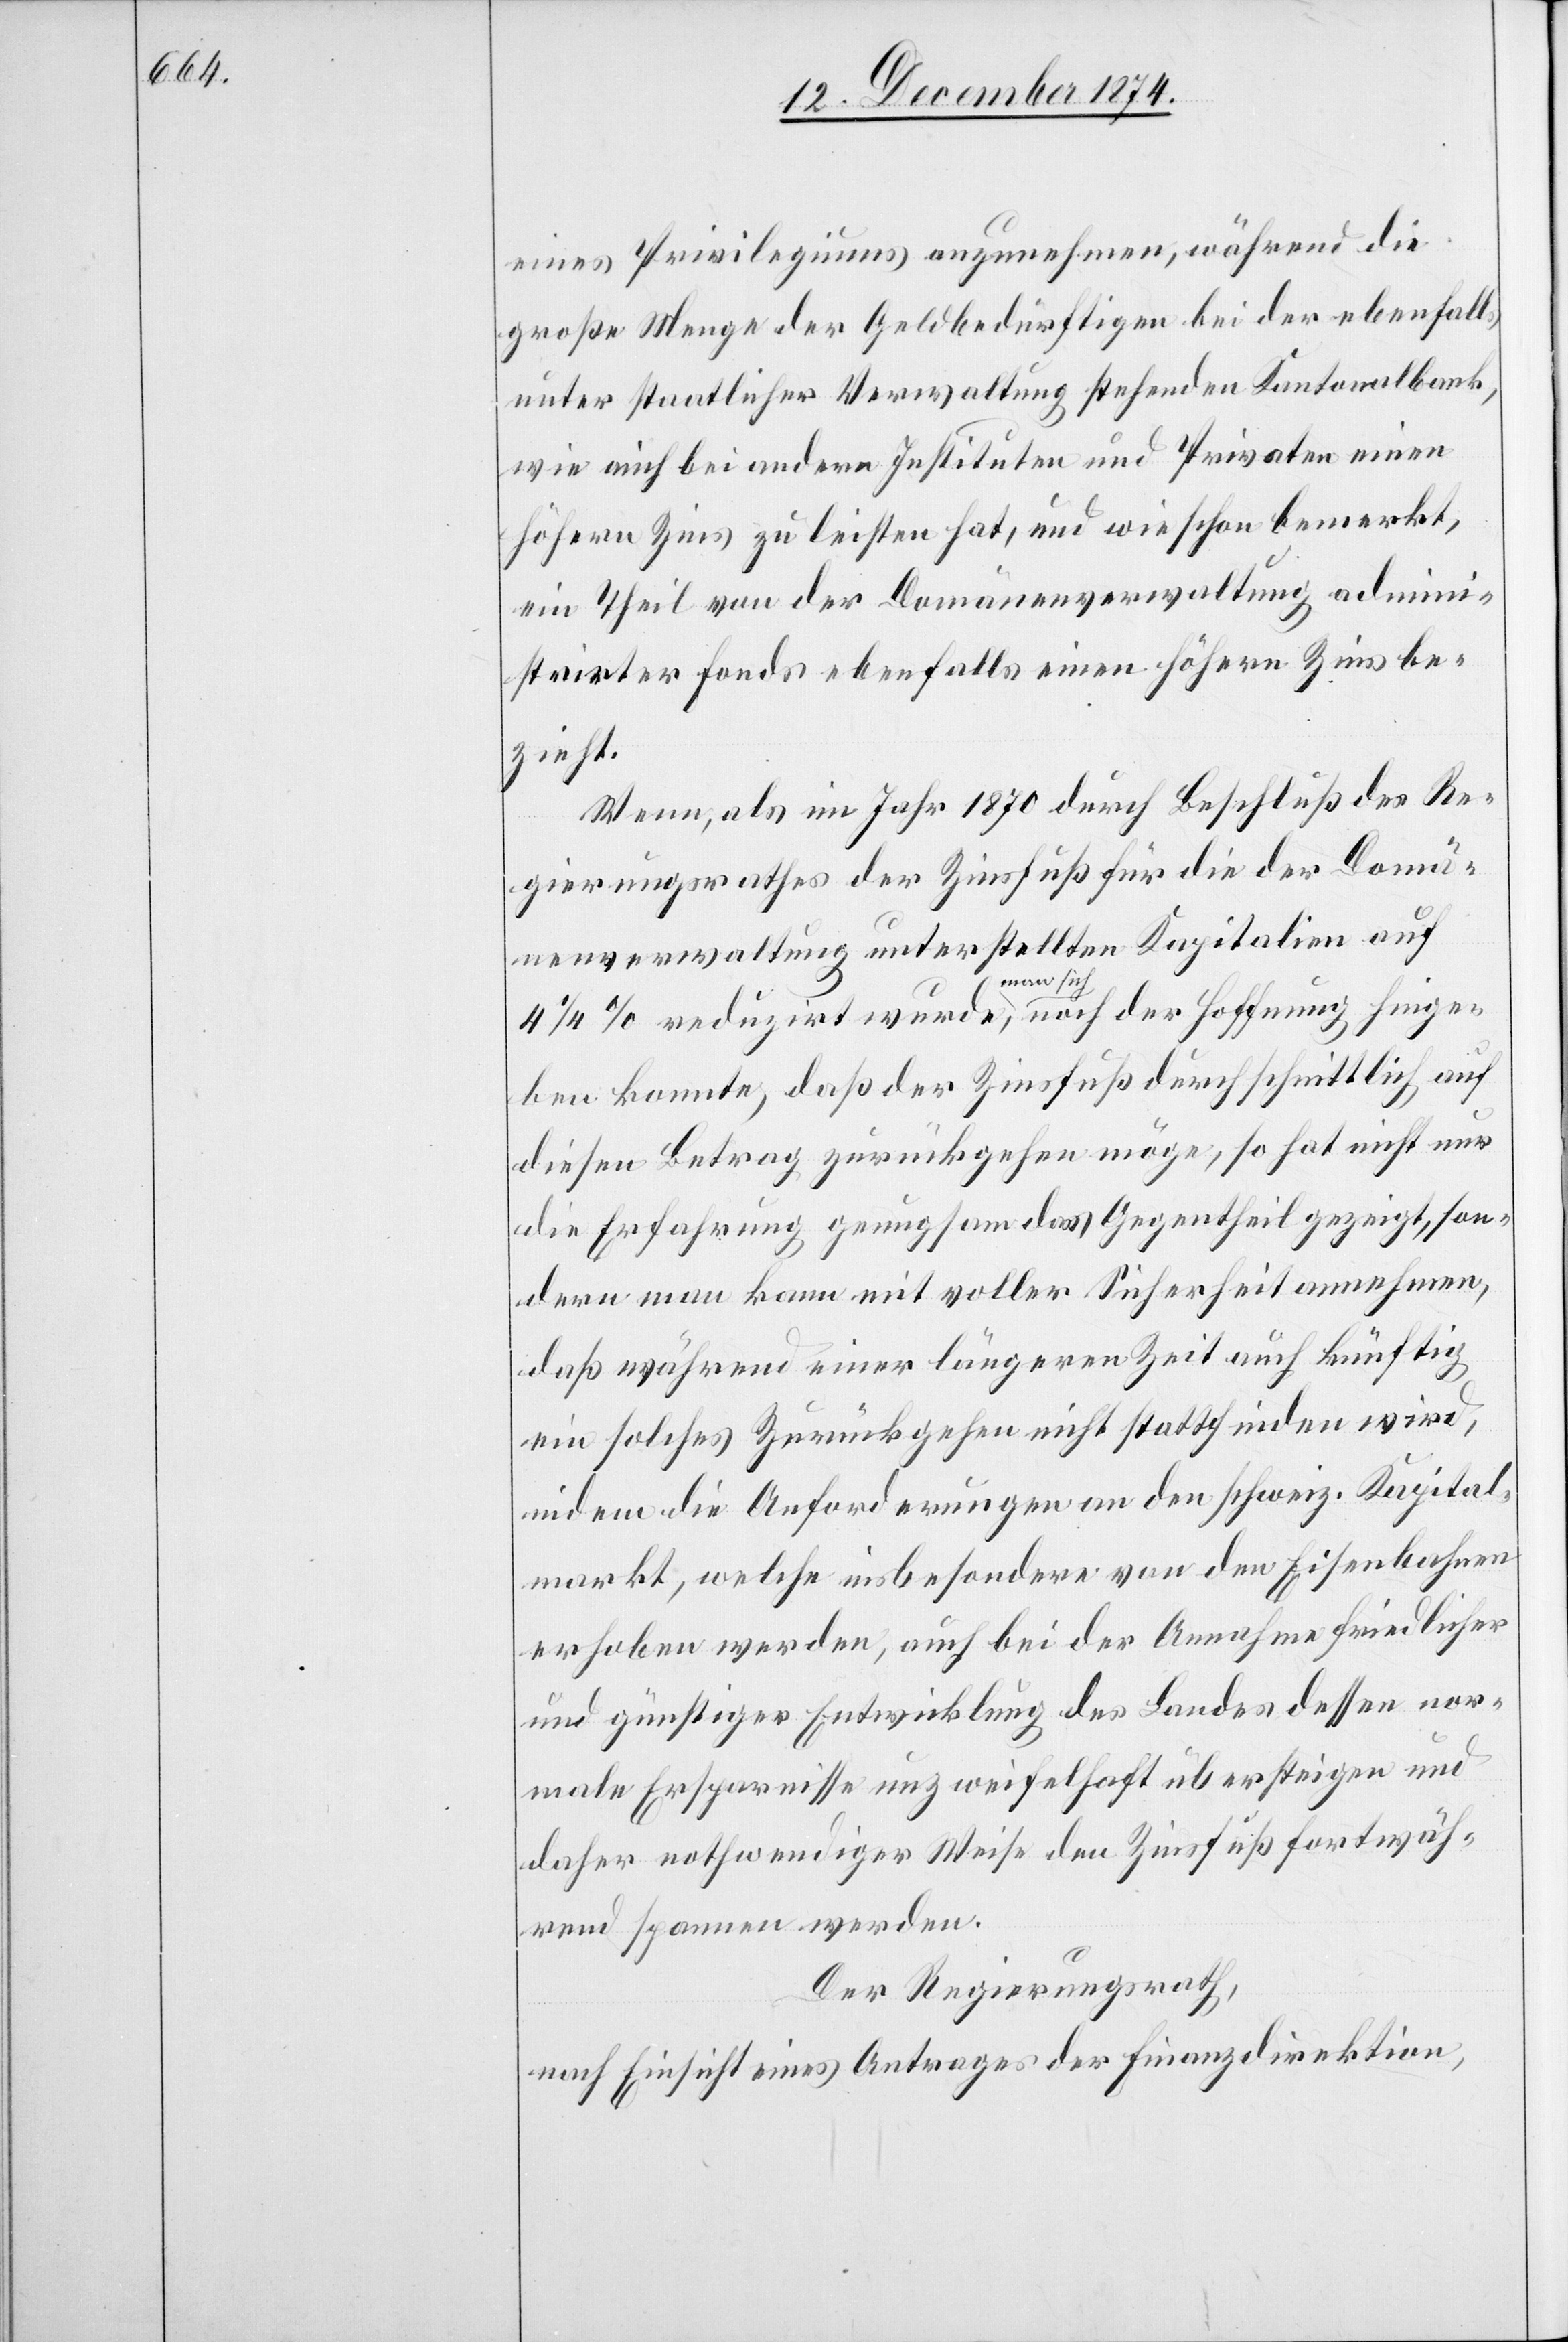
eines Privilegiums anzunehmen, während die
große Menge der Geldbedürftigen bei der ebenfalls
unter staatlicher Verwaltung stehenden Kantonalbank,
wie auch bei andern Instituten und Privaten einen
höhern Zins zu leisten hat, und wie schon bemerkt,
ein Theil von der Domänenverwaltung admini¬
strirter Fonds ebenfalls einen höhern Zins be¬
zieht.
Wenn, als im Jahr 1870 durch Beschluß des Re¬
gierungsrathes der Zinsfuß für die der Domä¬
nenverwaltung unterstellten Kapitalien auf
4 1/2% reduzirt wurde, man sich noch der Hoffnung hinge¬
ben konnte, daß der Zinsfuß durchschnittlich auf
diesen Betrag zurückgehen möge, so hat nicht nur
die Erfahrung genugsam das Gegentheil gezeigt, son¬
dern man kann mit voller Sicherheit annehmen,
daß während einer längeren Zeit auch künftig
ein solches Zurückgehen nicht stattfinden wird,
indem die Anforderungen an den schweiz. Kapital¬
markt, welche insbesondere von den Eisenbahnen
erhoben werden, auch bei der Annahme friedlicher
und günstiger Entwicklung des Landes dessen nor¬
male Ersparnisse unzweifelhaft übersteigen und
daher nothwendiger Weise den Zinsfuß fortwäh¬
rend spannen werden.
Der Regierungsrath,
nach Einsicht eines Antrages der Finanzdirektion,